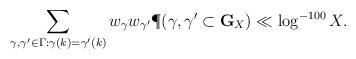
LaTeX: \begin{align*} \sum_{\gamma,\gamma' \in \Gamma: \gamma(k)=\gamma'(k)} w_\gamma w_{\gamma'} \P( \gamma, \gamma' \subset {\mathbf G}_X ) \ll \log^{-100} X.\end{align*}